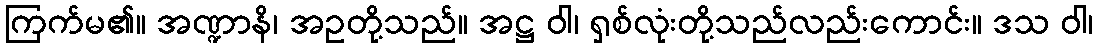
ကြက်မ၏။ အဏ္ဍာနိ၊ အဥတို့သည်။ အဋ္ဌ ဝါ၊ ရှစ်လုံးတို့သည်လည်းကောင်း။ ဒသ ဝါ၊